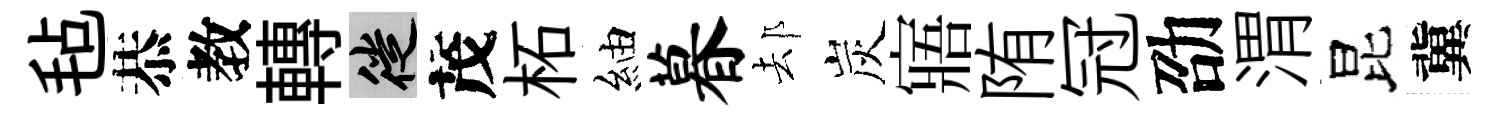
毡恭教轉徙茂柘紬暮𨚫炭寤陏冠劭渭昆冀